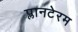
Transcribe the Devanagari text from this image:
प्लानटेरम